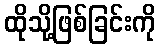
ထိုသို့ဖြစ်ခြင်းကို